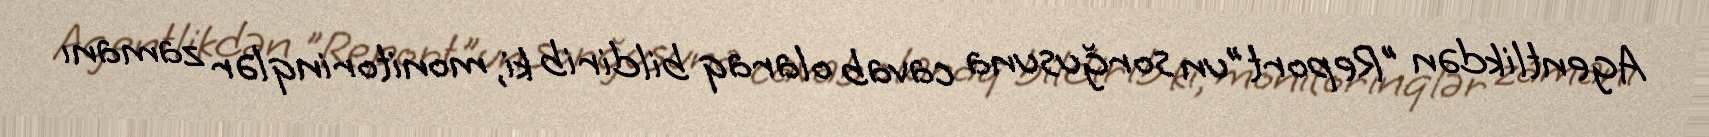
Agentlikdən "Report"un sorğusuna cavab olaraq bildirib ki, monitorinqlər zamanı